Leaving Certificate Examination (including Day School Certificate (Higher) General paper), 1931
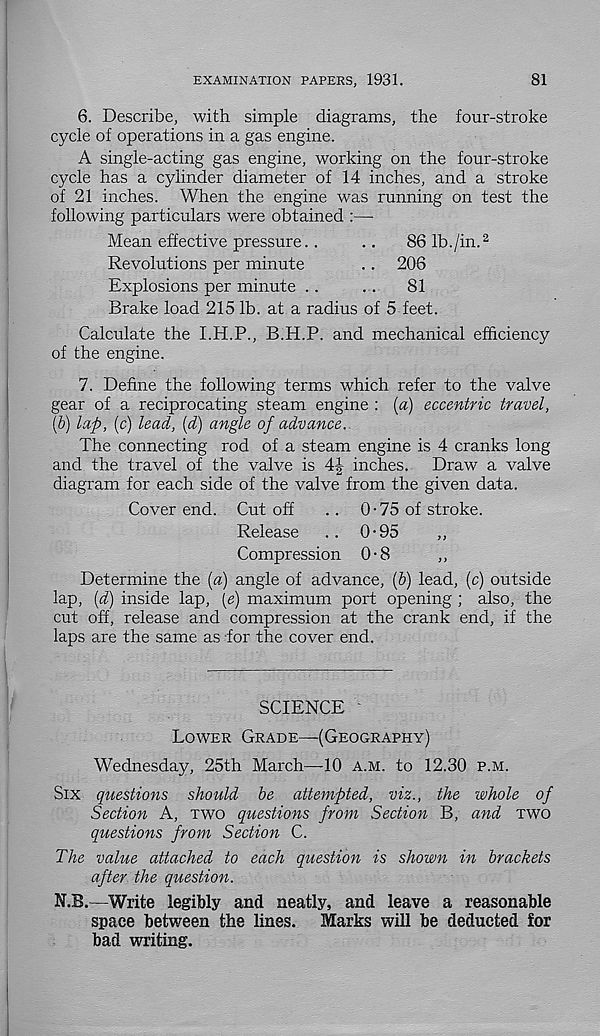
EXAMINATION PAPERS, 1931.
81
6. Describe, with simple diagrams, the four-stroke
cycle of operations in a gas engine.
A single-acting gas engine, working on the four-stroke
cycle has a cylinder diameter of 14 inches, and a stroke
of 21 inches. When the engine was running on test the
following particulars were obtained :—
Mean effective pressure. .
..
86 lb./in. 2
Revolutions per minute
.. 206
Explosions per minute ..
. .
81
Brake load 215 lb. at a radius of 5 feet.
Calculate the I.H.P., B.H.P. and mechanical efficiency
of the engine.
7. Define the following terms which refer to the valve
gear of a reciprocating steam engine : [a) eccentric travel,
\b) lap, (c) lead, (d) angle of advance.
The connecting rod of a steam engine is 4 cranks long
and the travel of the valve is 4J inches. Draw a valve
diagram for each side of the valve from the given data.
Cover end. Cutoff
.. 0-75 of stroke.
Release
.. 0-95
,,
Compression 0-8
Determine the [a) angle of advance, (&) lead, (c) outside
lap, [d) inside lap, [e) maximum port opening ; also, the
cut off, release and compression at the crank end, if the
laps are the same as for the cover end.
SCIENCE
Lower Grade—(Geography)
Wednesday, 25th March—10 a.m. to 12.30 p.m.
Six questions should be attempted, viz., the whole of
Section A, two questions from Section B, and two
questions from Section C.
The value attached to each question is shown in brackets
after the question.
N.B.—Write legibly and neatly, and leave a reasonable
space between the lines.
Marks will be deducted for
bad writing.